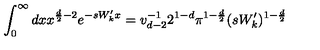
\int _ { 0 } ^ { \infty } d x x ^ { \frac { d } { 2 } - 2 } e ^ { - s W _ { k } ^ { \prime } x } = v _ { d - 2 } ^ { - 1 } 2 ^ { 1 - d } \pi ^ { 1 - \frac { d } { 2 } } ( s W _ { k } ^ { \prime } ) ^ { 1 - \frac { d } { 2 } }